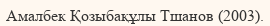
Амалбек Қозыбақұлы Тшанов (2003).